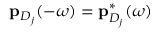
\mathbf { p } _ { D _ { j } } ( - \omega ) = \mathbf { p } _ { D _ { j } } ^ { * } ( \omega )